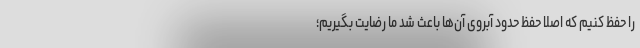
را حفظ کنیم که اصلاً حفظ حدود آبروی آن‌ها باعث شد ما رضایت بگیریم؛